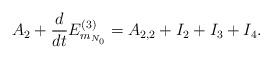
LaTeX: \begin{align*}A_2 + \frac{d}{dt} E_{m_{N_0}}^{(3)} = A_{2,2} + I_2 + I_3 + I_4.\end{align*}